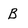
Character: B